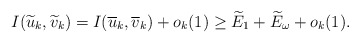
\begin{align*}I(\widetilde{u}_{k},\widetilde{v}_{k})=I(\overline{u}_{k},\overline{v}_{k})+o_{k}(1)\geq \widetilde{E}_{1}+\widetilde{E}_{\omega}+o_{k}(1).\end{align*}